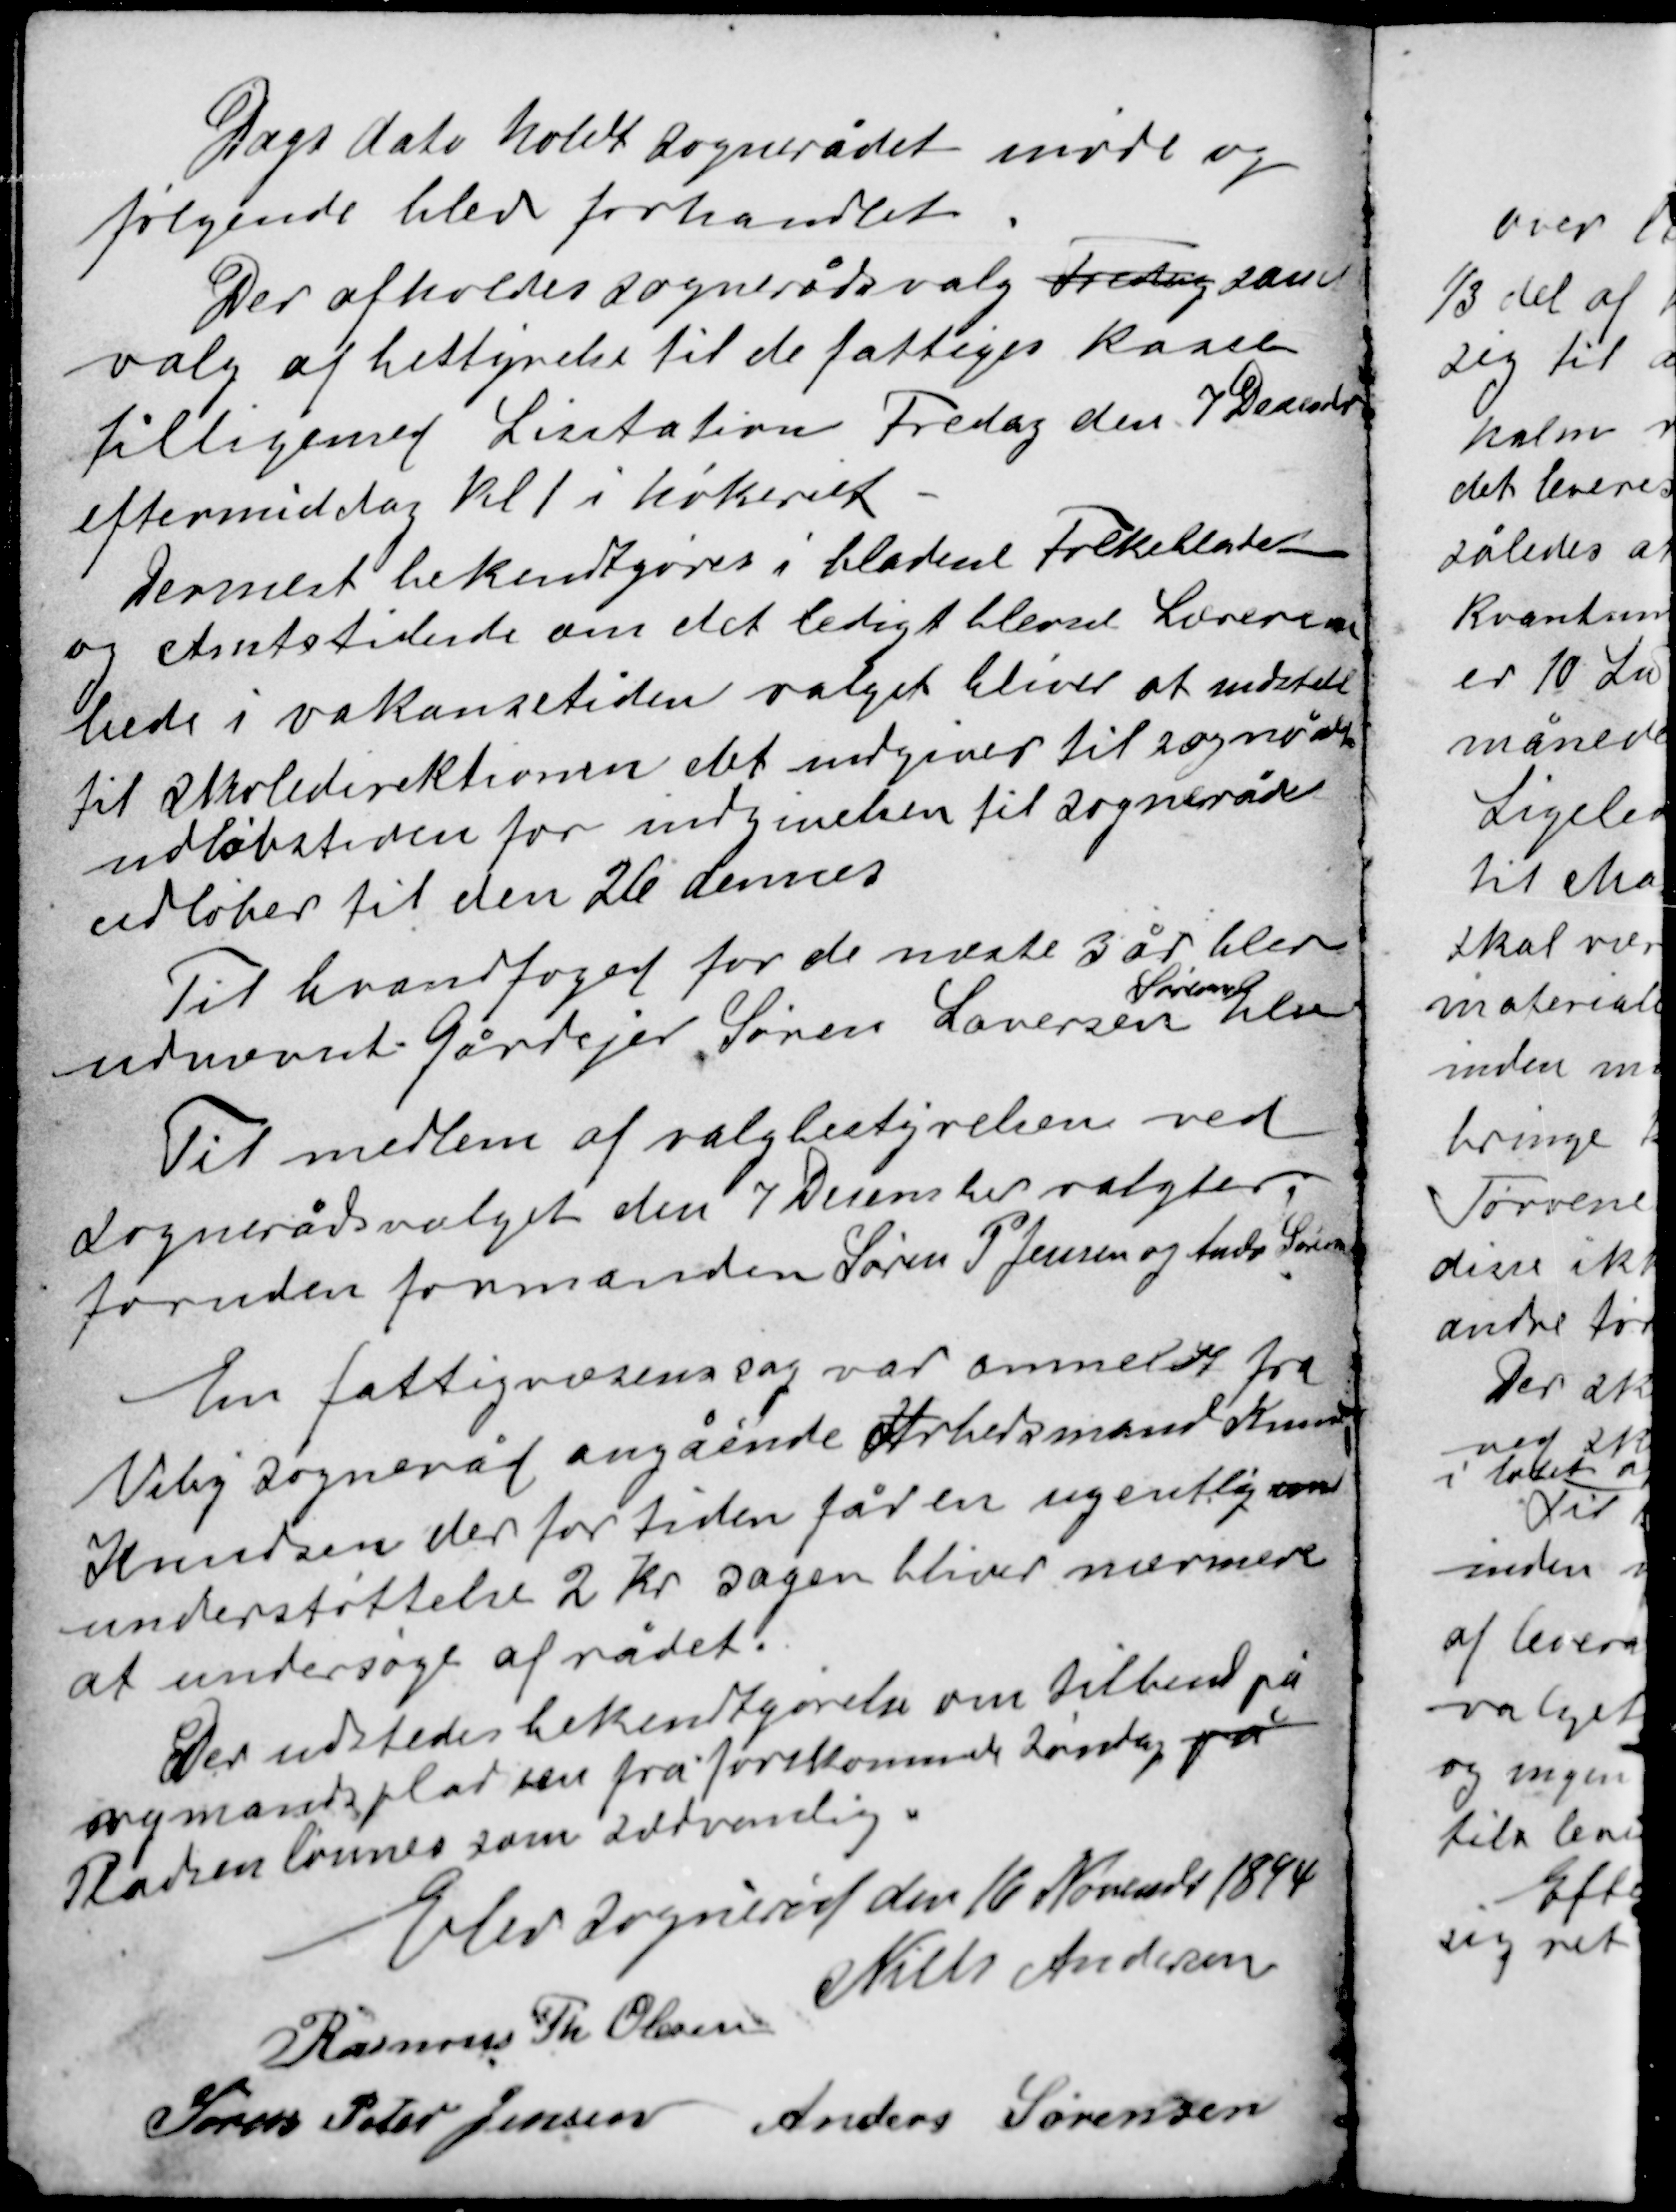
Transskription:
Dags dato holdt sognerådet møde og
følgende blev forhandlet.

Der afholdtes sognerådsvalg Fredag samt
valg af bestyrelse til de fattiges kasse
tilligemed Lisitation Fredag den 7 December
eftermiddag kl 1 i høkeriet.

Dernæst bekendtgøres i bladene Folkebladet
og Amtstidende om det ledigt blevet Lærerem-
bede i vakancetiden valget at indstille
til Skoledirektionen det indgiver til sognerådet
udløbstiden for indgivelsen til sogneråd
udløber til den 26 dennes

Til brandfoged for de næste 3 år blev
udnævnt Gårdejer Søren Lauersen
Sørensen
Elev

Til medlem af valgbestyrelsen ved
sognerådsvalget den 7 December valgtes
forueden formanden Søren P. Jensen og Anders Sørensen

En fattigvæsenssag var anmeldt fra
Viby Sogneråd angående Arbedsmand Knud
Knudsen der for tiden får en ugentlig un
understøttelse 2 Kr sagen bliver nærmere
at undersøge af rådet.

Der udstedet bekendtgørelse om tilbud på
nymandspladsen fra førstkommende Søndag på
Pladsen lønnes som sædvanlig.

Elev sogneråd den 16 November 1894
Rasmus Th. Olesen
Niels Andersen
Søren Peter Jensen
Anders Sørensen